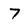
Character: 7